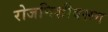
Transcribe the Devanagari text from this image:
रोजनिशीवरून